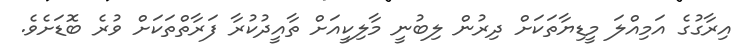
އިރާގުގެ އަމިއްލަ މީޑިޔާތަކަށް ދިރުން ލިބުނީ މާލިކީއަށް ތާއީދުކުރާ ފަރާތްތަކަށް ވުރެ ބޮޑަށެވެ.